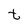
Character: t